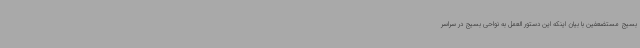
بسیج مستضعفین با بیان اینکه این دستور العمل به نواحی بسیج در سراسر